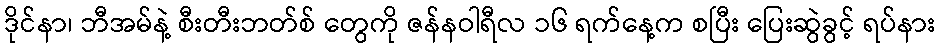
ဒိုင်နာ၊ ဘီအမ်နဲ့ စီးတီးဘတ်စ် တွေကို ဇန်နဝါရီလ ၁၆ ရက်နေ့က စပြီး ပြေးဆွဲခွင့် ရပ်နား